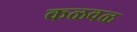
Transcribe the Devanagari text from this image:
कळवळ